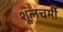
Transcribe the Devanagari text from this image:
शूलचर्मी